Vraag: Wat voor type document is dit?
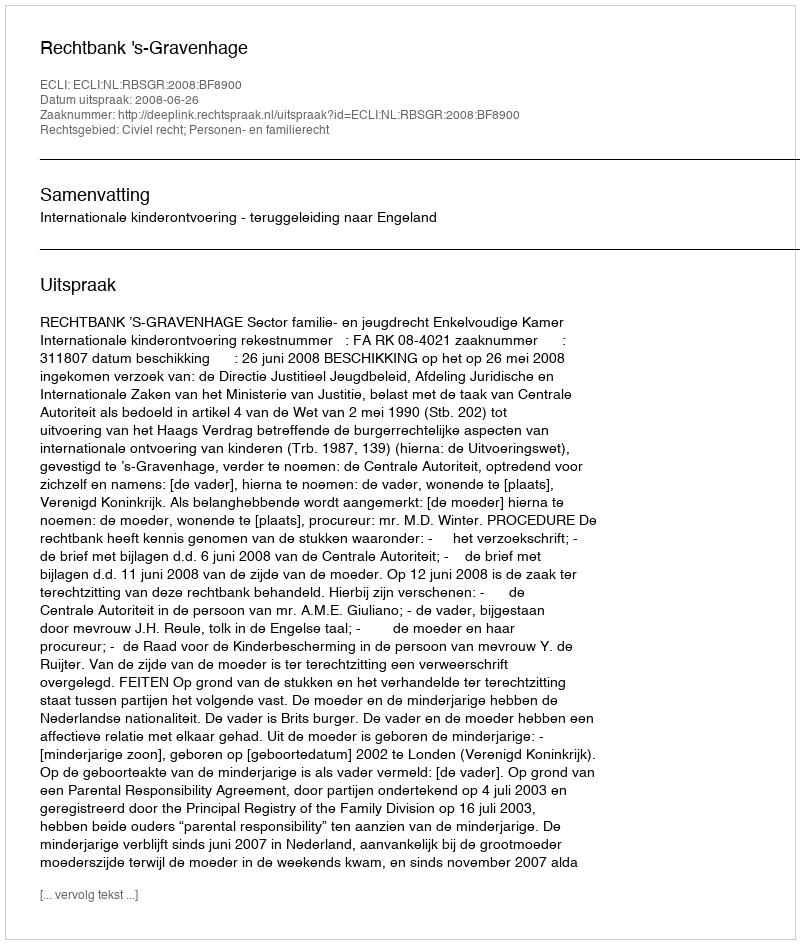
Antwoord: Uitspraak